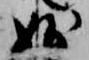
妙